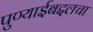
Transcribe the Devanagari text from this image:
पुण्याईबद्दलचा